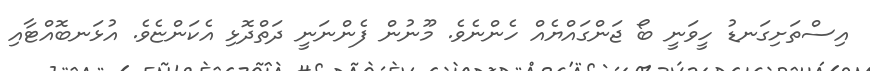
އިސްތަށިގަނޑު ހީވަނީ ބޯ ޖަންގައްޔެއް ހެންނެވެ. މޫނުން ފެންނަނީ ދަތްދޮޅި އެކަންޏެވެ. އުޅަނބޮއްޓާއި